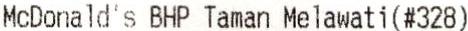
MCDONALD'S BHP TAMAN MELAWATI(#328)